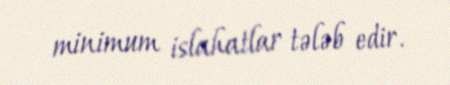
minimum islahatlar tələb edir.